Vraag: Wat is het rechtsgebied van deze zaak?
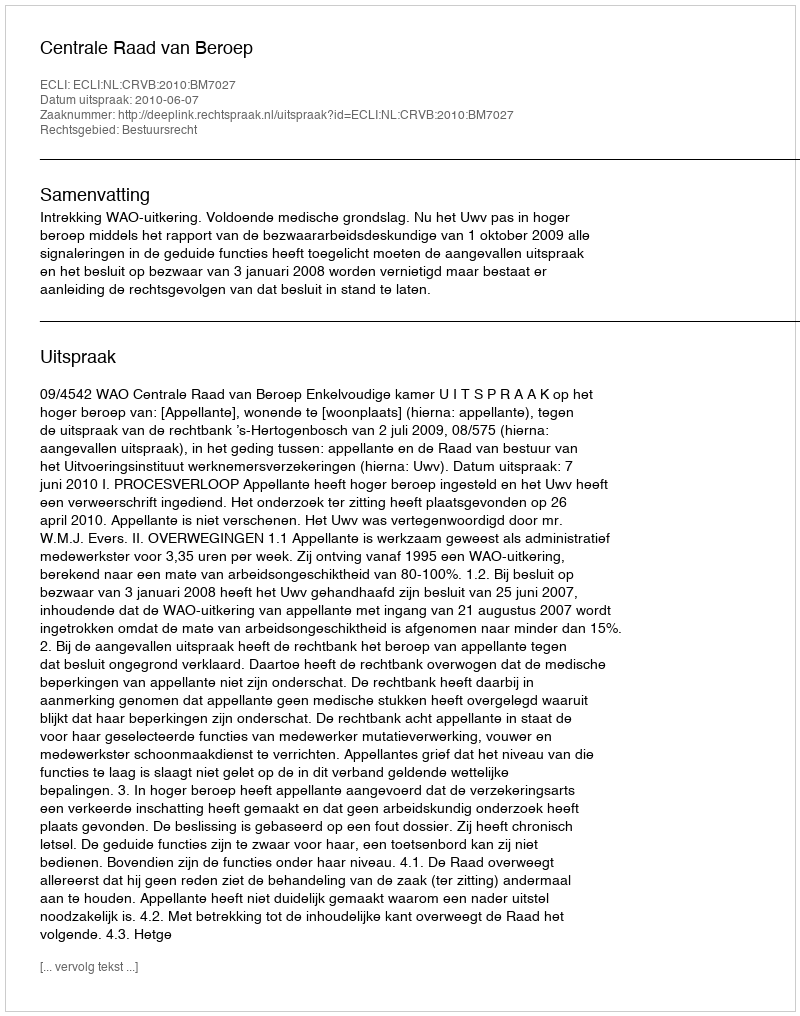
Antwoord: Bestuursrecht